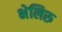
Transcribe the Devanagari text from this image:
भेलिरु